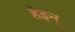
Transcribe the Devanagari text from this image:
हेइन्